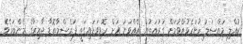
ކުއްލި މައްސަލަ ހުށަހެޅުއްވުމަށް ގުރުއަތުން އެއްވަނަ އަށް ހޮވިވަޑައިގަތީ ފަރެސްމާތޮޑާ ދާއިރާގެ މެންބަރެވެ.